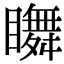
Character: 𥌇